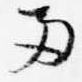
両